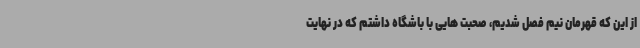
از این که قهرمان نیم فصل شدیم، صحبت هایی با باشگاه داشتم که در نهایت